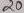
Text: 20